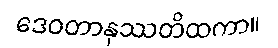
ဒေဝတာနုဿတိထကာ။